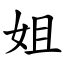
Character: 姐